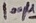
Text: 100µ